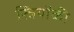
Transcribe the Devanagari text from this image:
स्त्रियोंकी